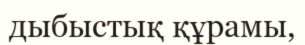
дыбыстық құрамы,